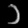
Digit: ၁